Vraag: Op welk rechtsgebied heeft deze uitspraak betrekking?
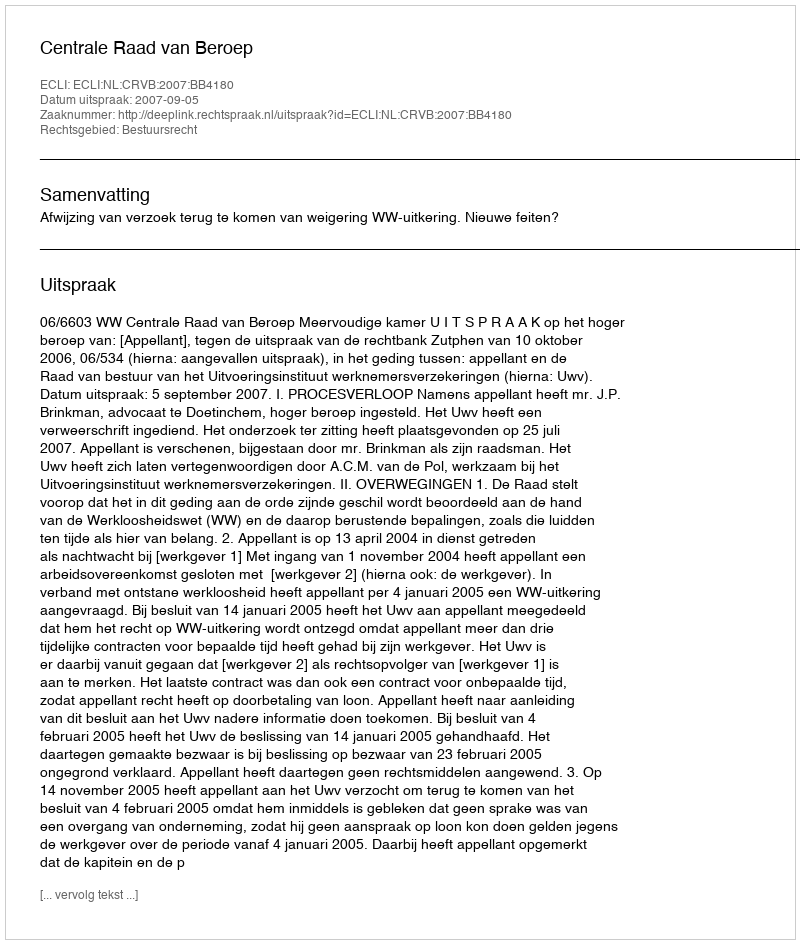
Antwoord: Bestuursrecht